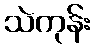
သဲကုန်း